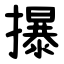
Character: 㩧